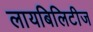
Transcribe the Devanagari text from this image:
लायबिलिटीज